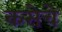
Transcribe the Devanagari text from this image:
कसेचे